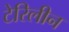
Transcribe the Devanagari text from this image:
टेरिलीन